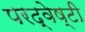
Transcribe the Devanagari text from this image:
परद्वेष्टी